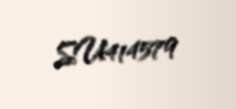
SU414579